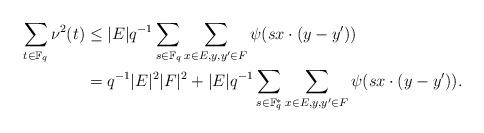
LaTeX: \begin{align*}\sum_{t\in \mathbb F_q} \nu^2(t)&\leq |E|q^{-1} \sum_{s\in \mathbb F_q} \sum_{x\in E, y, y^\prime\in F} \psi(sx\cdot (y-y^\prime))\\&=q^{-1}|E|^2|F|^2 + |E|q^{-1} \sum_{s\in \mathbb F_q^*} \sum_{x\in E, y, y^\prime\in F} \psi(sx\cdot (y-y^\prime)).\end{align*}